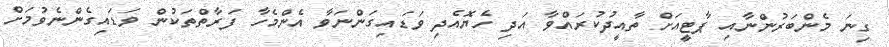
ގިނަ މެންބަރުންނާއި ޕާޓީއަށް ތާއީދުކުރައްވާ އަދި ހެޔޮއެދި ވަޑައިގަންނަވާ އެންމެހާ ފަރާތްތަކުން ވަޑައިގެންނެވުމަށް